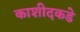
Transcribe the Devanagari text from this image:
काशीदकडे